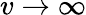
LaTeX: v\rightarrow\infty